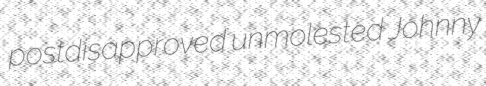
postdisapproved unmolested Johnny